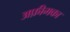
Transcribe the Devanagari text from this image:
अफ़ीमका